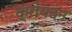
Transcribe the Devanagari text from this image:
क्रोयदन